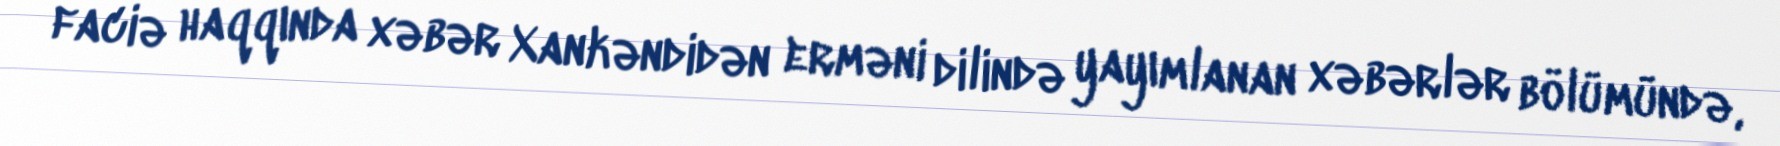
faciə haqqında xəbər Xankəndidən erməni dilində yayımlanan xəbərlər bölümündə,